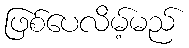
ဖြစ်ပေလိမ့်မည်